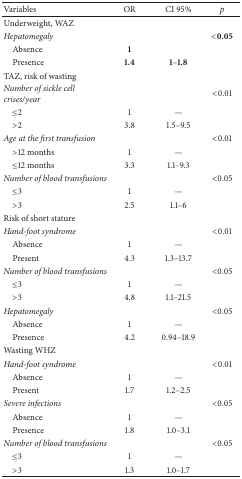
<table><thead><tr><td><b>Variables</b></td><td><b>OR</b></td><td><b>CI 95%</b></td><td><b><i>p</i></b></td></tr></thead><tbody><tr><td>Underweight, WAZ</td><td> </td><td> </td><td> </td></tr><tr><td><i>Hepatomegaly</i></td><td> </td><td> </td><td>&lt;<b>0.05</b></td></tr><tr><td> Absence</td><td><b>1</b></td><td> </td><td> </td></tr><tr><td> Presence</td><td><b>1.4</b></td><td><b>1</b>–<b>1.8</b></td><td> </td></tr><tr><td>TAZ, risk of wasting</td><td> </td><td> </td><td> </td></tr><tr><td><i>Number of sickle cell crises/year</i></td><td> </td><td> </td><td>&lt;0.01</td></tr><tr><td> ≤2</td><td>1</td><td>—</td><td> </td></tr><tr><td> &gt;2</td><td>3.8</td><td>1.5–9.5</td><td> </td></tr><tr><td><i>Age at the first transfusion</i></td><td> </td><td> </td><td>&lt;0.01</td></tr><tr><td> &gt;12 months</td><td>1</td><td>—</td><td> </td></tr><tr><td> ≤12 months</td><td>3.3</td><td>1.1–9.3</td><td> </td></tr><tr><td><i>Number of blood transfusions</i></td><td> </td><td> </td><td>&lt;0.05</td></tr><tr><td> ≤3</td><td>1</td><td>—</td><td> </td></tr><tr><td> &gt;3</td><td>2.5</td><td>1.1–6</td><td> </td></tr><tr><td>Risk of short stature</td><td> </td><td> </td><td> </td></tr><tr><td><i>Hand-foot syndrome</i></td><td> </td><td> </td><td>&lt;0.01</td></tr><tr><td> Absence</td><td>1</td><td>—</td><td> </td></tr><tr><td> Present</td><td>4.3</td><td>1.3–13.7</td><td> </td></tr><tr><td><i>Number of blood transfusions</i></td><td> </td><td> </td><td>&lt;0.05</td></tr><tr><td> ≤3</td><td>1</td><td>—</td><td> </td></tr><tr><td> &gt;3</td><td>4.8</td><td>1.1–21.5</td><td> </td></tr><tr><td><i>Hepatomegaly</i></td><td> </td><td> </td><td>&lt;0.05</td></tr><tr><td> Absence</td><td>1</td><td>—</td><td> </td></tr><tr><td> Presence</td><td>4.2</td><td>0.94–18.9</td><td> </td></tr><tr><td>Wasting WHZ</td><td> </td><td> </td><td> </td></tr><tr><td><i>Hand-foot syndrome</i></td><td> </td><td> </td><td>&lt;0.01</td></tr><tr><td> Absence</td><td>1</td><td>—</td><td> </td></tr><tr><td> Present</td><td>1.7</td><td>1.2–2.5</td><td> </td></tr><tr><td><i>Severe infections</i></td><td> </td><td> </td><td>&lt;0.05</td></tr><tr><td> Absence</td><td>1</td><td>—</td><td> </td></tr><tr><td> Presence</td><td>1.8</td><td>1.0–3.1</td><td> </td></tr><tr><td><i>Number of blood transfusions</i></td><td> </td><td> </td><td>&lt;0.05</td></tr><tr><td> ≤3</td><td>1</td><td>—</td><td> </td></tr><tr><td> &gt;3</td><td>1.3</td><td>1.0–1.7</td><td> </td></tr></tbody></table>